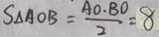
S _ { \Delta A O B } = \frac { A O \cdot B O } { 2 } = 8